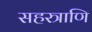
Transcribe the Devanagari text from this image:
सहस्त्राणि